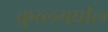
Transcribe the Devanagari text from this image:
कुरलमधील